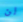
لن